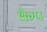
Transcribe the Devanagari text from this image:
वैम्प